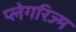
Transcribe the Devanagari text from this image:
प्लेगरिज्म